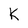
Character: K